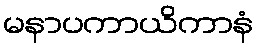
မနာပကာယိကာနံ